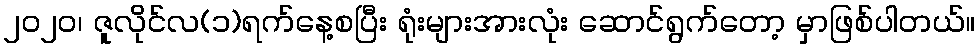
၂၀၂၀၊ ဇူလိုင်လ(၁)ရက်နေ့စပြီး ရုံးများအားလုံး ဆောင်ရွက်တော့ မှာဖြစ်ပါတယ်။